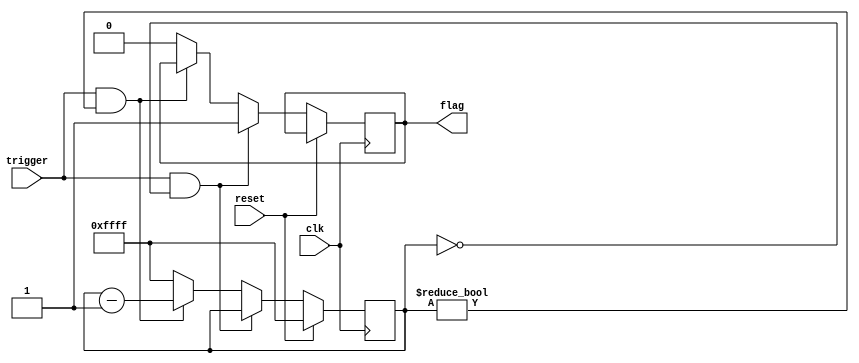
module one_shot_timer (
    input wire clk,
    input wire trigger,
    input wire reset,
    output reg flag
);

reg [15:0] counter;

always @(posedge clk) begin
    if (reset) begin
        counter <= 16'hFFFF; //preset value for counter
    end else if (trigger && counter == 0) begin
        flag <= 1;
    end else if (trigger && counter != 0) begin
        counter <= counter - 1;
    end else begin
        counter <= 16'hFFFF;
        flag <= 0;
    end
end

endmodule